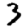
Digit: 3